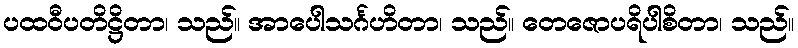
ပထဝီပတိဋ္ဌိတာ၊ သည်။ အာပေါသင်္ဂဟိတာ၊ သည်။ တေဇောပရိပါစိတာ၊ သည်။